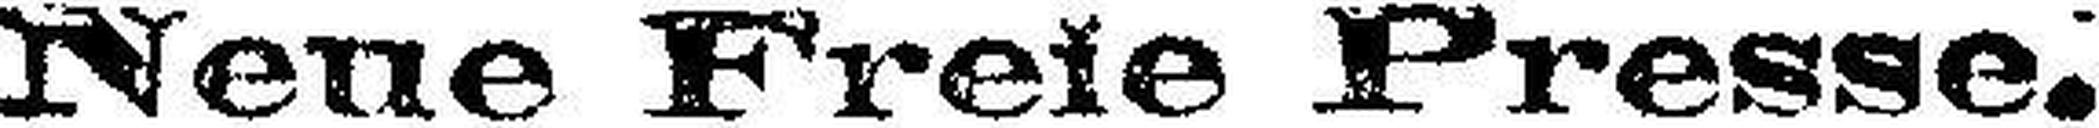
Neue Freie Presse.